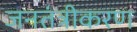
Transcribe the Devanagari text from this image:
जनतंत्रीकरण